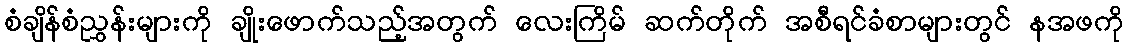
စံချိန်စံညွှန်းများကို ချိုးဖောက်သည့်အတွက် လေးကြိမ် ဆက်တိုက် အစီရင်ခံစာများတွင် နအဖကို